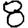
Digit: 8